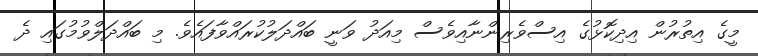
މީގެ އިތުރުން އިދިކޮޅުގެ އިސްވެރިންނާއިވެސް މިއަދު ވަނީ ބައްދަލުކުރައްވާފައެވެ. މި ބައްދަލްވުމުގައި ދެ